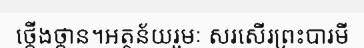
ថ្កើងថ្កាន។អត្ថន័យរួមៈ សរសើរព្រះបារមី